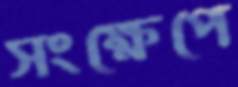
সংক্ষেপে